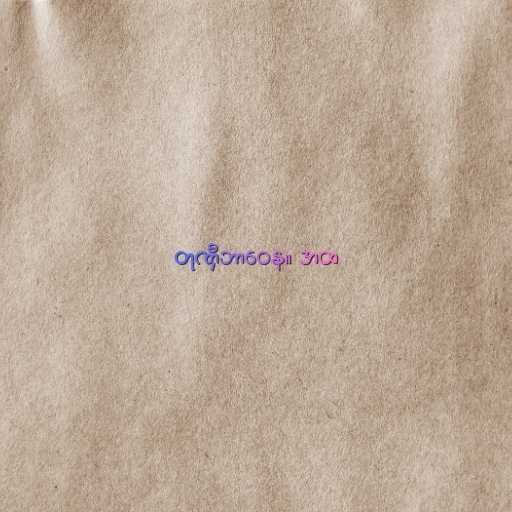
တုဏှီဘာဝေန။ အထ